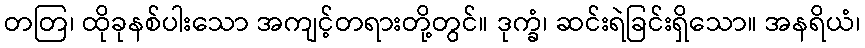
တတြ၊ ထိုခုနစ်ပါးသော အကျင့်တရားတို့တွင်။ ဒုက္ခံ၊ ဆင်းရဲခြင်းရှိသော။ အနရိယံ၊